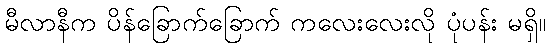
မီလာနီက ပိန်ခြောက်ခြောက် ကလေးလေးလို ပုံပန်း မရှိ။